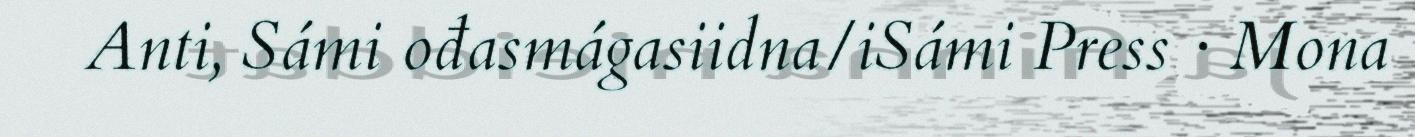
Anti, Sámi ođasmágasiidna/iSámi Press · Mona